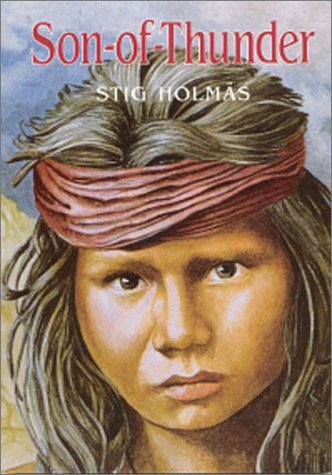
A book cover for Son of Thunder (Chiricahua Apache Series / Stig Holmas); Stig Holmas; Teen & Young Adult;